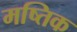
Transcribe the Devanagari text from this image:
मष्तिक